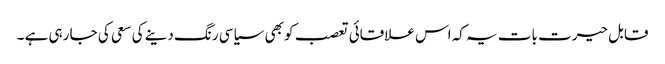
قابل حیرت بات یہ کہ اس علاقائی تعصب کو بھی سیاسی رنگ دینے کی سعی کی جا رہی ہے ۔